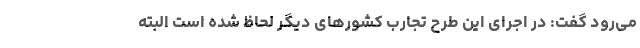
می‌رود گفت: در اجرای این طرح تجارب کشورهای دیگر لحاظ شده است البته